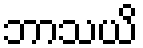
ဘာသယိ